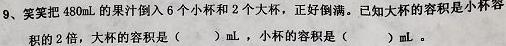
9、笑笑把$480\mathrm{mL}$的果汁倒入6个小杯和2个大杯，正好倒满。已知大杯的容积是小杯容积的2倍，大杯的容积是（  ）$\mathrm{mL}$，小杯的容积是（  ）$\mathrm{mL}$。